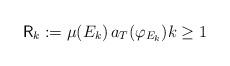
LaTeX: \begin{align*}\mathsf{R}_{k}:=\mu(E_{k})\,a_{T}(\varphi_{E_{k}})k\geq1\end{align*}